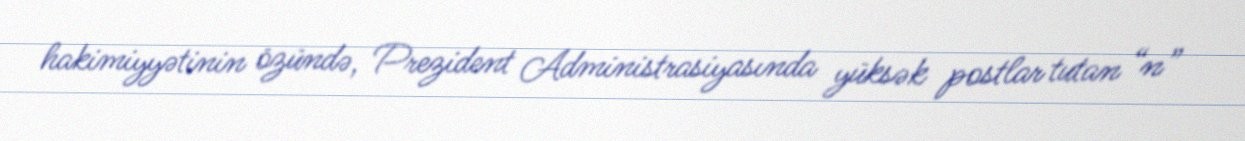
hakimiyyətinin özündə, Prezident Administrasiyasında yüksək postlar tutan “n”